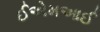
ઈએમઆઈ